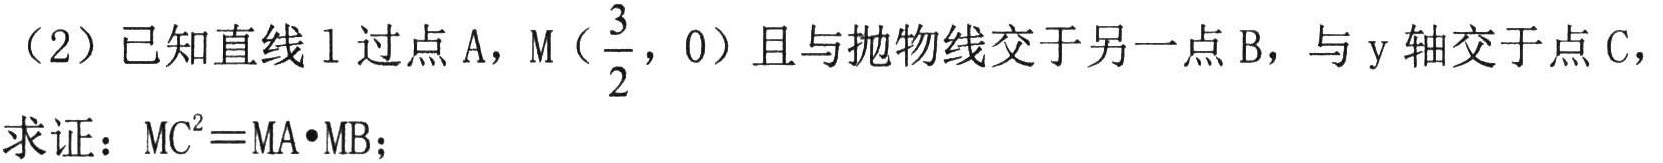
（2）已知直线\(l\)过点\(A\)，\(M(\frac{3}{2},0)\)且与抛物线交于另一点\(B\)，与\(y\)轴交于点\(C\)，
求证：\(MC^{2}=MA\cdot MB\)；